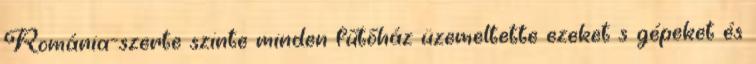
Románia-szerte szinte minden fűtőház üzemeltette ezeket s gépeket és